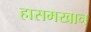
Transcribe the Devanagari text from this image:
हासमखान